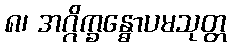
၈၊ အဂ္ဂိက္ခန္ဓောပမသုတ္တ